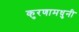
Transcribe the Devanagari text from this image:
कुरणामधुनी